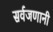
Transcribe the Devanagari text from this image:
सर्वजणानी